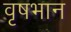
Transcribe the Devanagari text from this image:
वृषभान